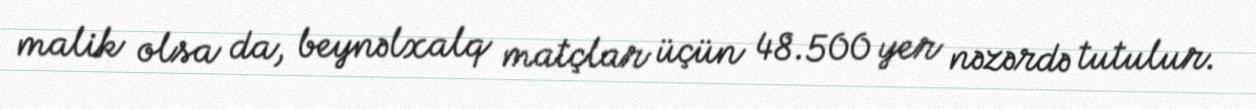
malik olsa da, beynəlxalq matçlar üçün 48.500 yer nəzərdə tutulur.